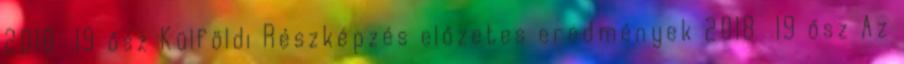
2018 19 ősz Külföldi Részképzés előzetes eredmények 2018 19 ősz Az